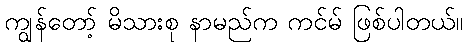
ကျွန်တော့် မိသားစု နာမည်က ကင်မ် ဖြစ်ပါတယ်။